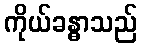
ကိုယ်ခန္ဓာသည်